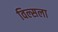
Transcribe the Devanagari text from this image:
विल्सला